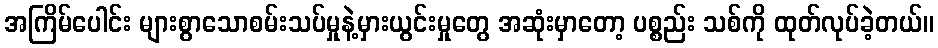
အကြိမ်ပေါင်း များစွာသောစမ်းသပ်မှုနဲ့မှားယွင်းမှုတွေ အဆုံးမှာတော့ ပစ္စည်း သစ်ကို ထုတ်လုပ်ခဲ့တယ်။